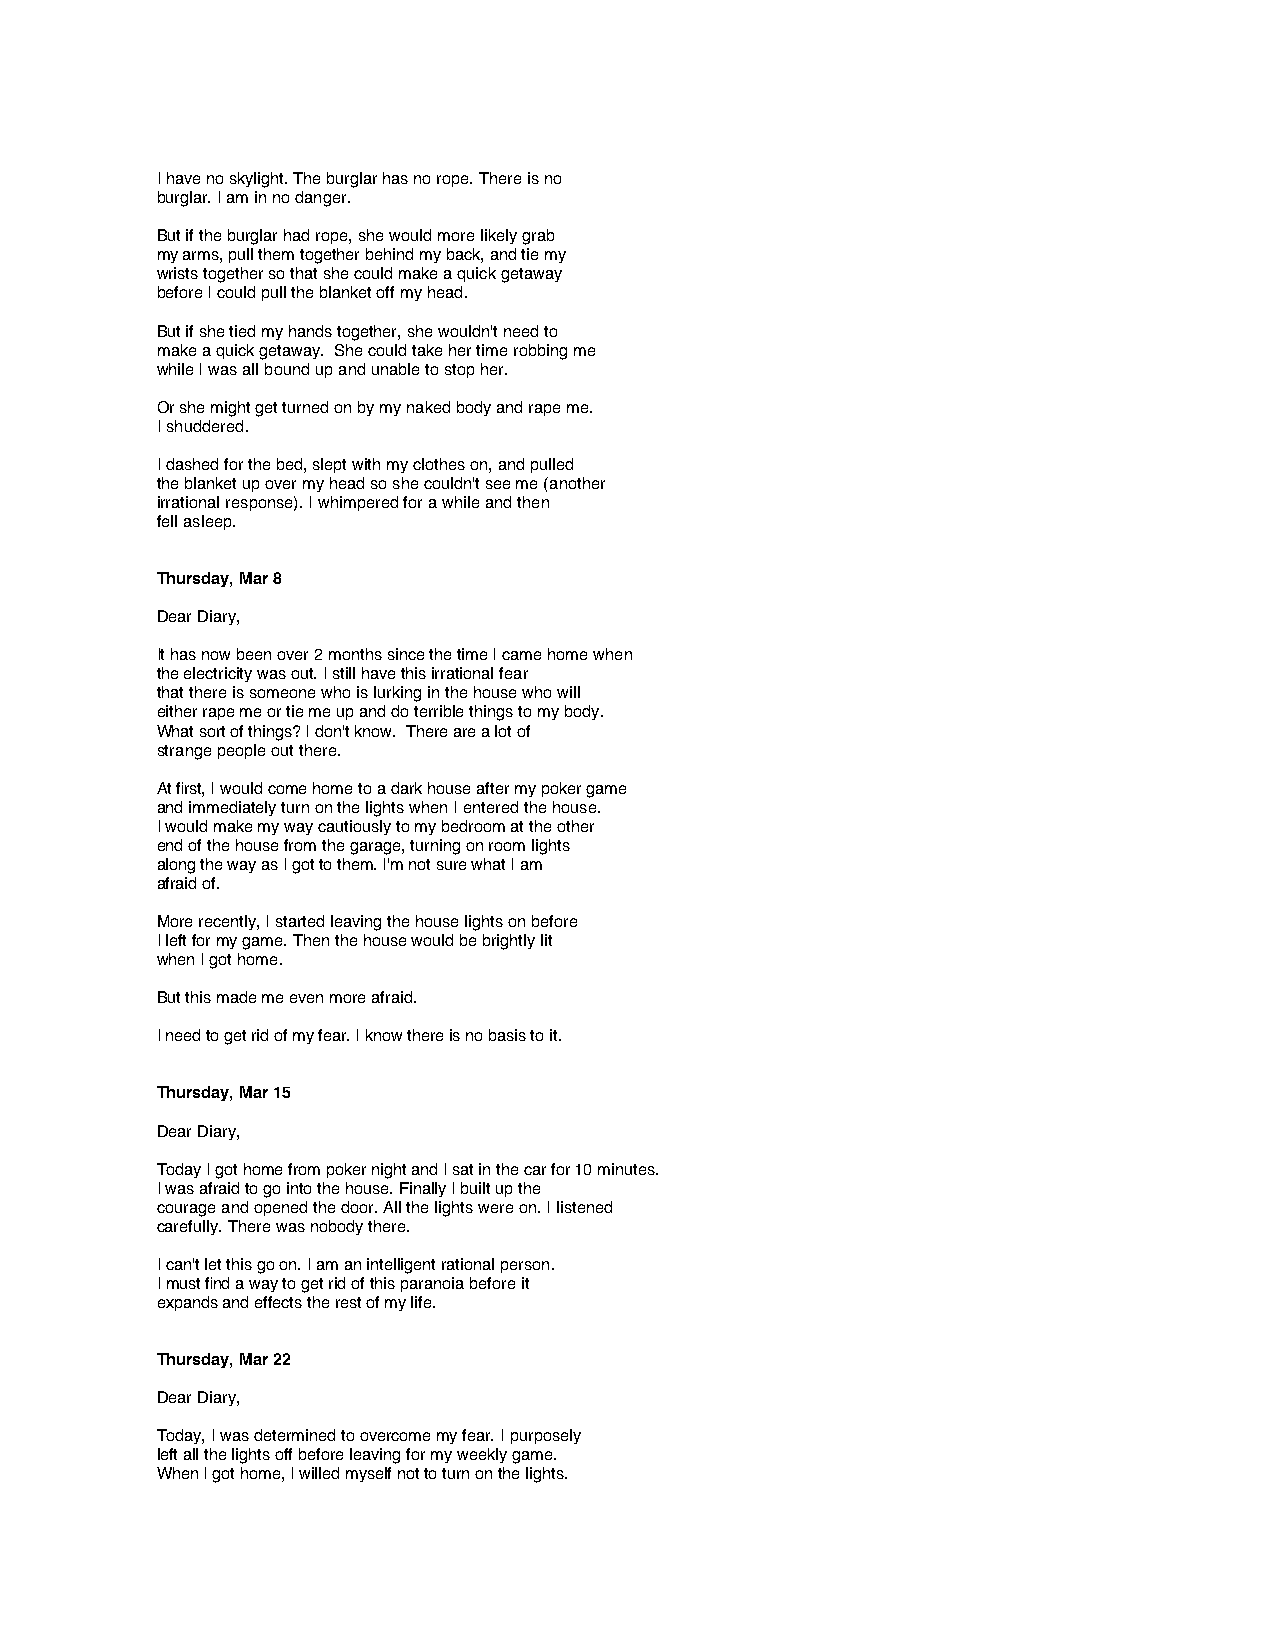
I have no skylight. The burglar has no rope. There is no
 burglar. I am in no danger.
 But if the burglar had rope, she would more likely grab
 my arms, pull them together behind my back, and tie my
 wrists together so that she could make a quick getaway
 before I could pull the blanket off my head.
 But if she tied my hands together, she wouldn't need to
 make a quick getaway. She could take her time robbing me
 while I was all bound up and unable to stop her.
 Or she might get turned on by my naked body and rape me.
 I shuddered.
 I dashed for the bed, slept with my clothes on, and pulled
 the blanket up over my head so she couldn't see me (another
 irrational response). I whimpered for a while and then
 fell asleep.
 Thursday, Mar 8
 Dear Diary,
 It has now been over 2 months since the time I came home when
 the electricity was out. I still have this irrational fear
 that there is someone who is lurking in the house who will
 either rape me or tie me up and do terrible things to my body.
 What sort of things? I don't know. There are a lot of
 strange people out there.
 At first, I would come home to a dark house after my poker game
 and immediately turn on the lights when I entered the house.
 I would make my way cautiously to my bedroom at the other
 end of the house from the garage, turning on room lights
 along the way as I got to them. I'm not sure what I am
 afraid of.
 More recently, I started leaving the house lights on before
 I left for my game. Then the house would be brightly lit
 when I got home.
 But this made me even more afraid.
 I need to get rid of my fear. I know there is no basis to it.
 Thursday, Mar 15
 Dear Diary,
 Today I got home from poker night and I sat in the car for 10 minutes.
 I was afraid to go into the house. Finally I built up the
 courage and opened the door. All the lights were on. I listened
 carefully. There was nobody there.
 I can't let this go on. I am an intelligent rational person.
 I must find a way to get rid of this paranoia before it
 expands and effects the rest of my life.
 Thursday, Mar 22
 Dear Diary,
 Today, I was determined to overcome my fear. I purposely
 left all the lights off before leaving for my weekly game.
 When I got home, I willed myself not to turn on the lights.